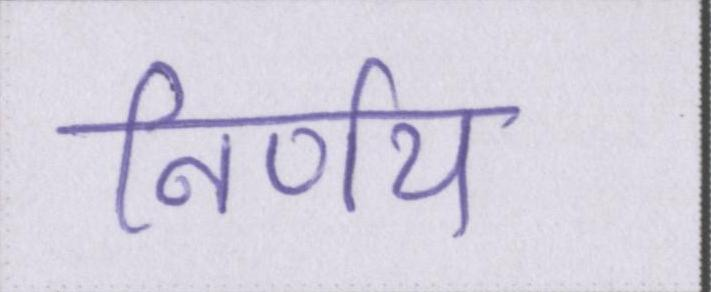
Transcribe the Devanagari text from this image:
निर्णय